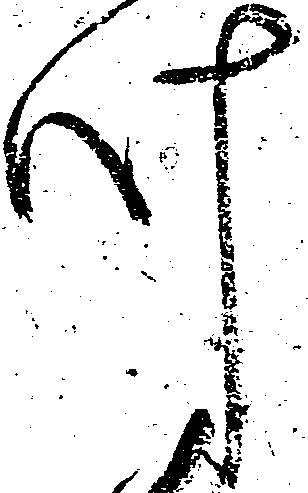
叶